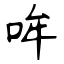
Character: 哞